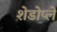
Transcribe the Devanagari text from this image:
शेडोप्ले